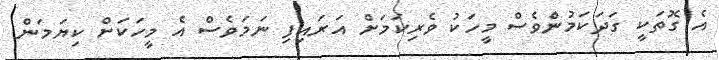
އެ ގޮތަކީ ގަދަކަމުންވެސް މީހަކު ވެރިކަމަށް އަރައިފި ނަމަވެސް އެ މީހަކަށް ކިޔަމަން